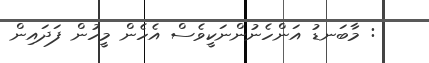
: މާބަނޑު އަންހެނުންނަކީވެސް އެހެން މީހުން ފަދައިން